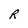
Character: R